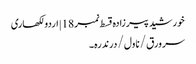
خورشید پیرزادہ قسط نمبر 18 | اردو لکھاری
سر ورق / ناول / درندرہ۔